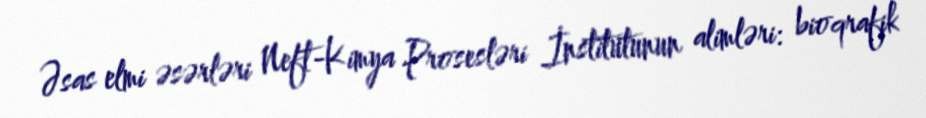
Əsas elmi əsərləri Neft-Kimya Prosesləri İnstitutunun alimləri: bioqrafik